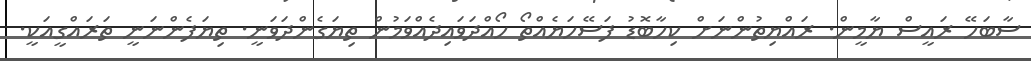
ސާބަހޭ ރައީސް ޔާމީން. ރައްޔިތުންނަށް ކިހާބޮޑު ފަސޭހަޔެއްތޯ ހޯއްދަވައިދެއްވަމުން ތިޔަގެންދަވަނީ. ތިޔަފެންނަނީ ތަރައްގީއަކީ.